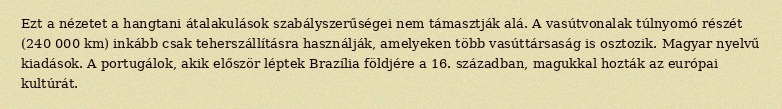
Ezt a nézetet a hangtani átalakulások szabályszerűségei nem támasztják alá. A vasútvonalak túlnyomó részét (240 000 km) inkább csak teherszállításra használják, amelyeken több vasúttársaság is osztozik. Magyar nyelvű kiadások. A portugálok, akik először léptek Brazília földjére a 16. században, magukkal hozták az európai kultúrát.